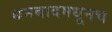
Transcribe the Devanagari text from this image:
धनबादमधूनच